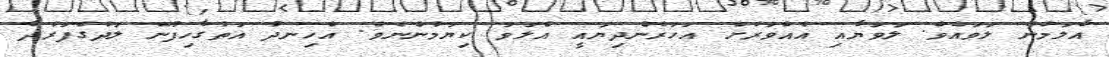
އާލަމުން ލަވައެވެ. ލަވަޔާއި އެއްވަރަށް އަހަރެންދިޔައީ އެލަވަ ކިޔަމުންނެވެ. އެހިނދު އަތުގާހިފުނޭ ލަދުގެފަރުދާ